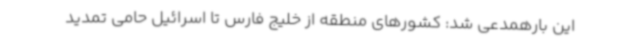
این بارهمدعی شد: کشورهای منطقه از خلیج فارس تا اسرائیل حامی تمدید